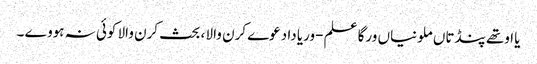
یا اوتھے پنڈتاں ملونیاں ورگا علم -وریا دا دعوے کرن والا ، بحث کرن والا کوئی نہ ہووے ۔